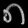
Digit: ၈